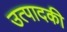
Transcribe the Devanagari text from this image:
उत्पादकी